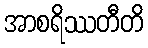
အာစရိဿတီတိ